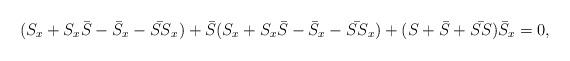
LaTeX: \begin{align*}(S_x + S_x \bar{S} - \bar{S}_x - \bar{SS}_x) + \bar{S} (S_x + S_x\bar{S} -\bar{S}_x - \bar{SS}_x) + (S+\bar{S}+\bar{SS}) \bar{S}_x = 0 ,\end{align*}